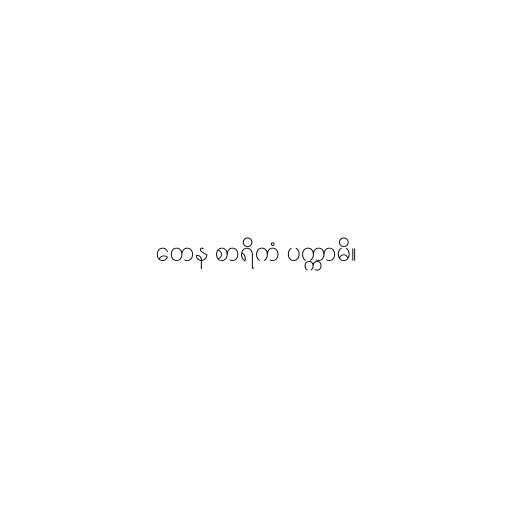
တေန စာရိကံ ပက္ကာမိ။